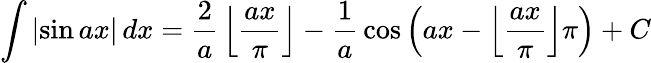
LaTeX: \int\left|\sin{ax}\right|\, dx={\frac{2}{a}}\left\lfloor{\frac{ax}{\pi}}\right\rfloor-{\frac{1}{a}}\cos{\left(ax-\left\lfloor{\frac{ax}{\pi}}\right\rfloor\pi\right)}+C